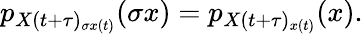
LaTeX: \begin{array}{r}{p_{X(t+\tau)_{\sigma x(t)}}(\sigma x)=p_{X(t+\tau)_{x(t)}}(x).}\end{array}